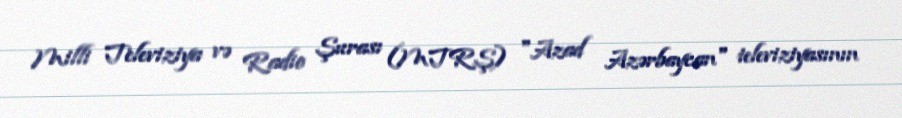
Milli Televiziya və Radio Şurası (MTRŞ) "Azad Azərbaycan" televiziyasının